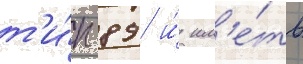
т'и́п 89 и́ им'е́ть